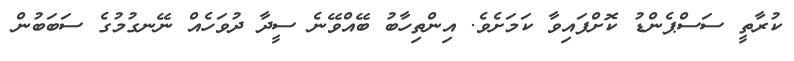
ކުރާތީ ސަސްޕެންޑު ކޮށްފައިވާ ކަމަށެވެ. އިންތިހާބު ބޭއްވޭނެ ސީދާ ދުވަހެއް ނޭނގުމުގެ ސަބަބުން